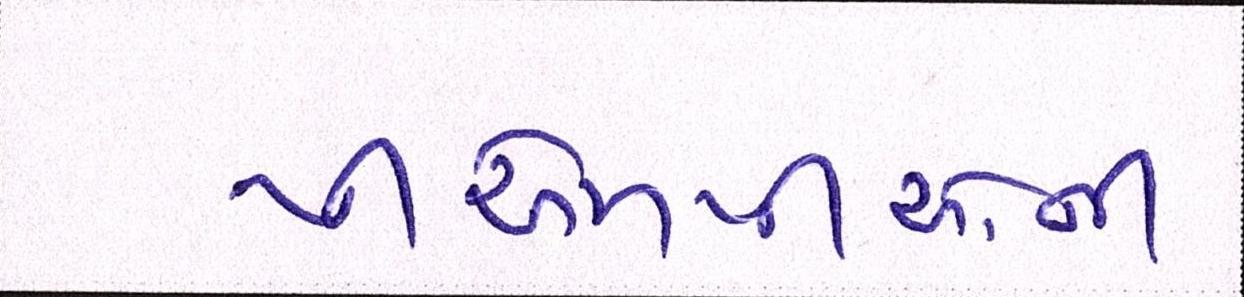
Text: પીએમપીઓની